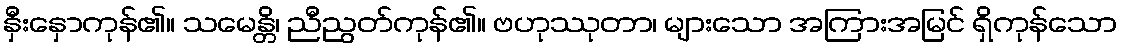
နှီးနှောကုန်၏။ သမေန္တိ၊ ညီညွတ်ကုန်၏။ ဗဟုဿုတာ၊ များသော အကြားအမြင် ရှိကုန်သော